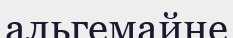
альгемайне